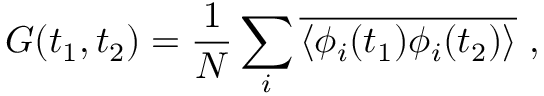
G ( t _ { 1 } , t _ { 2 } ) = \frac { 1 } { N } \sum _ { i } \overline { { \langle \phi _ { i } ( t _ { 1 } ) \phi _ { i } ( t _ { 2 } ) \rangle } } ~ ,